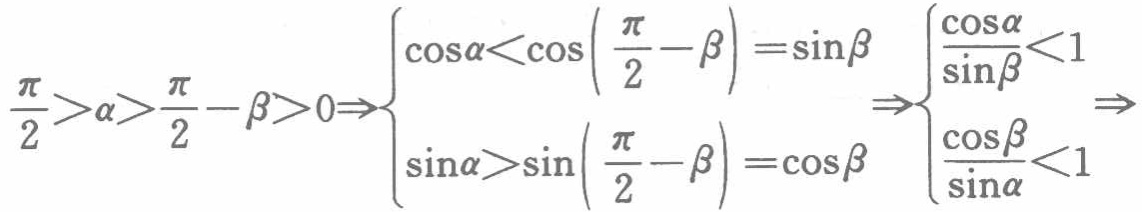
$\frac{\pi}{2}>\alpha>\frac{\pi}{2}-\beta>0\Rightarrow
\begin{cases}
\cos\alpha<\cos\left(\frac{\pi}{2}-\beta\right)=\sin\beta \\
\sin\alpha>\sin\left(\frac{\pi}{2}-\beta\right)=\cos\beta
\end{cases}
\Rightarrow
\begin{cases}
\frac{\cos\alpha}{\sin\beta}<1 \\
\frac{\cos\beta}{\sin\alpha}<1
\end{cases}
\Rightarrow$